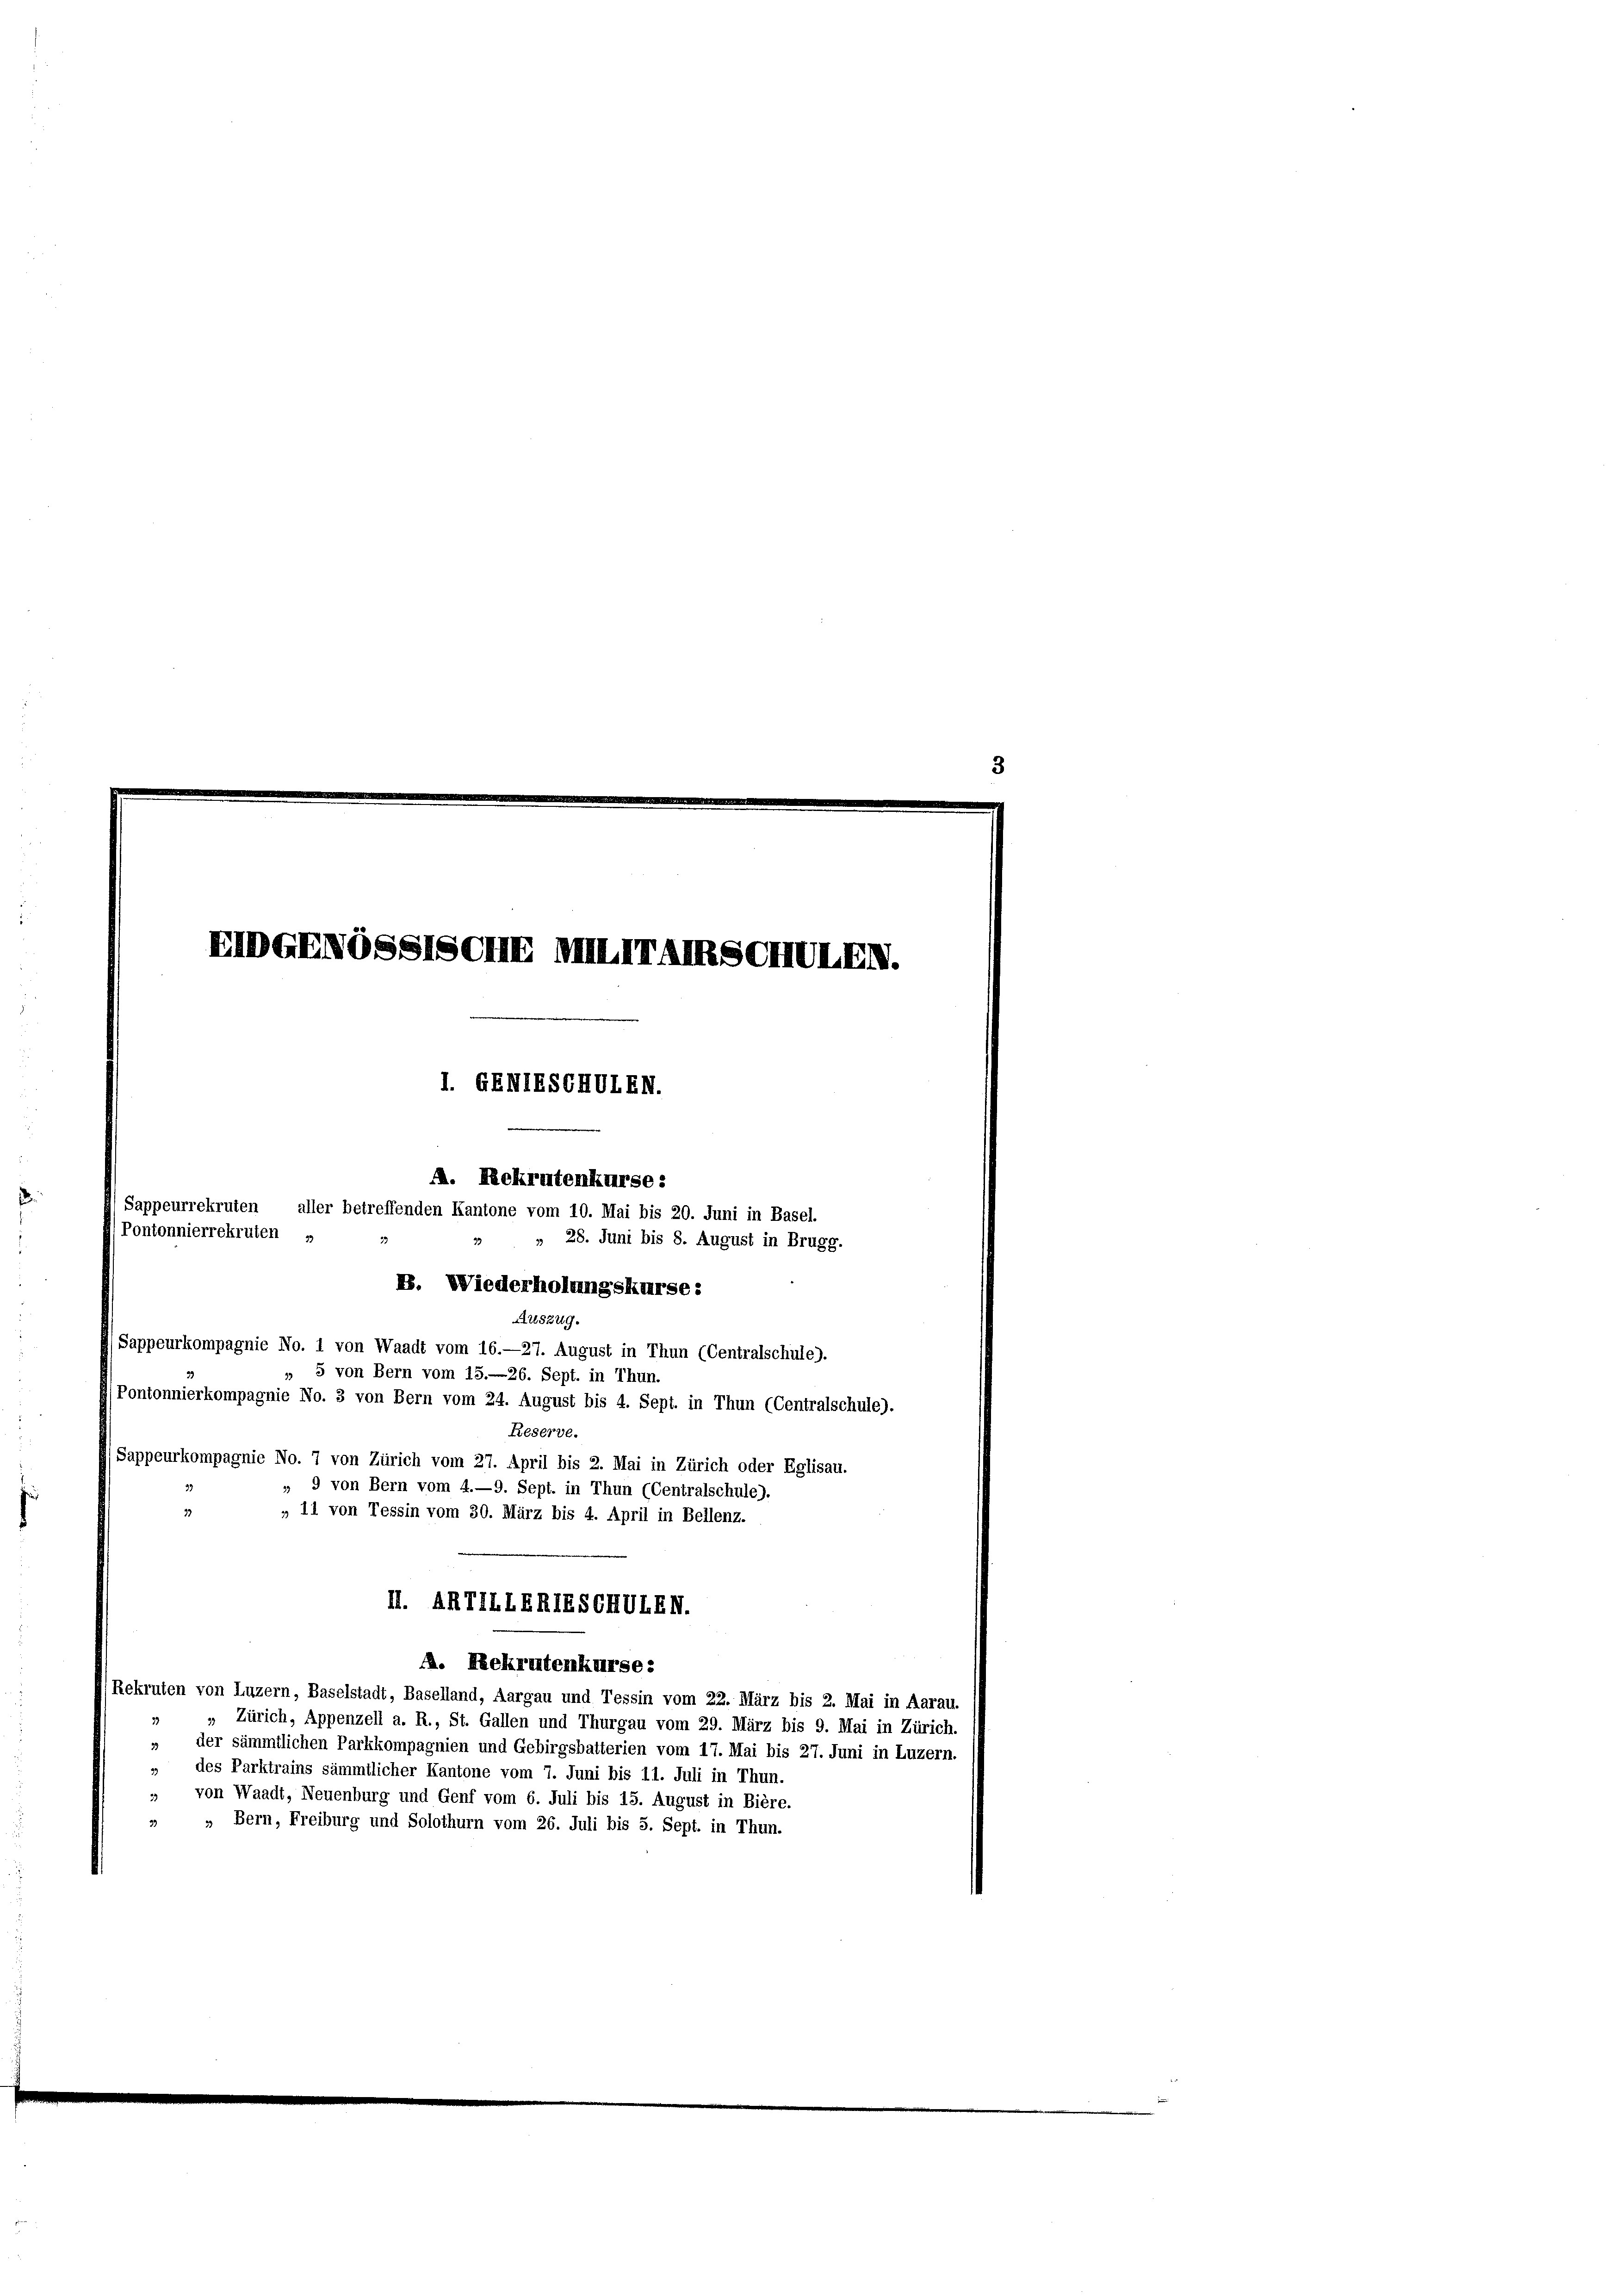
EIDGENOSSTSCHE MITTATSCHULEN.
I. GEMIESCHULEN.
M. Rekrutenkurse:
Sappeurrekruten, aller betreffenden Kantone vom 10. Mai bis 20. Juni in Basel.
Contonnierrekruten . 3
28. Juni bis 8. August in Brugg.
B. Wiederholungskurse:
25zug.
(Sappeurkompagnie No. 1 von Waadt vom 16.—27. August in Thun (Centralschule).
 5 von Bern vom 15.—26. Sept. in Thun.
(Pontonnierkompagnie No. 3 von Bern vom 24. August bis 4. Sept. in Thun (Centralschule).
Reserve.
Sappeurkompagnie No. 7 von Zürich vom 27. April bis 2. Mai in Zürich oder Eglisau.
39
 9 von Bern vom 4.—9. Sept. in Thun (Centralschule).
33
„ 11 von Tessin vom 30. März bis 4. April in Bellenz.
II. ARTILLERIESCHUIEN.

1. Rekrutenkurse:
(Rekruten von Luzern, Baselstadt, Baselland, Aargau und Tessin vom 22. März bis 2. Mai in Aarau,
„ Zürich, Appenzell a. R., St. Gallen und Thurgau vom 29. März bis 9. Mai in Zürich.
der sämmtlichen Parkkompagnien und Gebirgsbatterien vom 17. Mai bis 27. Juni in Luzern,
» des Parktrains sämmtlicher Kantone vom 7. Juni bis 11. Juli in Thun.
„ von Waadt, Neuenburg und Genf vom 6. Juli bis 15. August in Bière.
» „ Bern, Freiburg und Solothurn vom 26. Juli bis 5. Sept. in Thun.